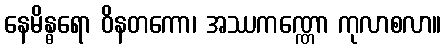
နေမိန္ဓရော ဝိနတကော၊ အဿကဏ္ဏော ကုလာစလာ။